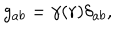
g _ { a b } = \gamma ( r ) \delta _ { a b } ,